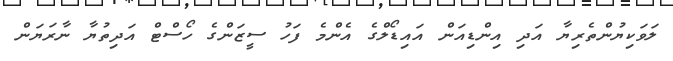
ލަވަކިޔުންތެރިޔާ އަދި އިންޑިއަން އައިޑޯލްގެ އެންމެ ފަހު ސީޒަންގެ ހޯސްޓް އަދިތުޔާ ނާރަޔަން